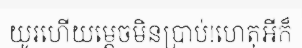
យូរហើយម្តេចមិនប្រាប់!ហេតុអីក៏